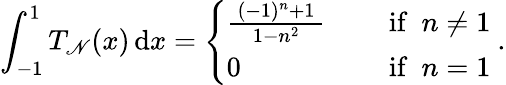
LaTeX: \int_{-1}^{1}T_{\mathscr{N}}(x)\, \mathrm{{d}}x={\left\{ \begin{array}{ll}{{\frac{\, (-1)^{n}+1\, }{\, 1-n^{2}\, }}\quad}&{{\mathrm{~if~}}~n\neq 1}\\ {0\quad}&{{\mathrm{~if~}}~n=1}\end{array}\right.}~.